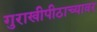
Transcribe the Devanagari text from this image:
गुराखीपीठाच्यावर